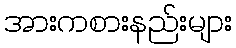
အားကစားနည်းများ